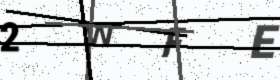
Text: 2WFE